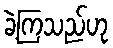
ခဲ့ကြသည်ဟု